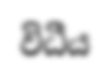
විධීය